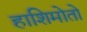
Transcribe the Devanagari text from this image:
हाशिमोतो